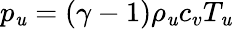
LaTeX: p_{\mathit{u}}=(\gamma-1)\rho_{\mathit{u}}c_{v}T_{\mathit{u}}